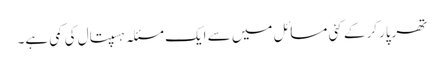
تھرپارکر کے کئی مسائل میں سے ایک مسئلہ ہسپتال کی کمی ہے۔